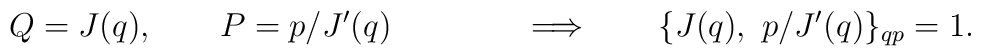
Q=J(q), \qquad P=p/J'(q) \qquad\qquad\Longrightarrow \qquad\{  J(q), ~p/J'(q)  \}_{qp}=1.